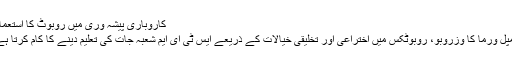
کاروباری پیشہ وری میں روبوٹ کا استعمال
ڈمپل ورما کا وِزروبو، روبوٹِکس میں اختراعی اور تخلیقی خیالات کے ذریعے ایس ٹی ای ایم شعبہ جات کی تعلیم دینے کا کام کرتا ہے۔